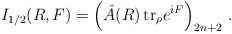
\begin{align*}I_{1/2}(R,F) = \left( \hat A (R)\, {\rm tr}_{\rho} e^{iF} \right)_{2n+2} \, .\end{align*}